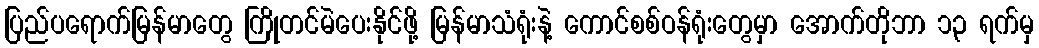
ပြည်ပရောက်မြန်မာတွေ ကြိုတင်မဲပေးနိုင်ဖို့ မြန်မာသံရုံးနဲ့ ကောင်စစ်ဝန်ရုံးတွေမှာ အောက်တိုဘာ ၁၃ ရက်မှ